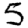
Digit: 5